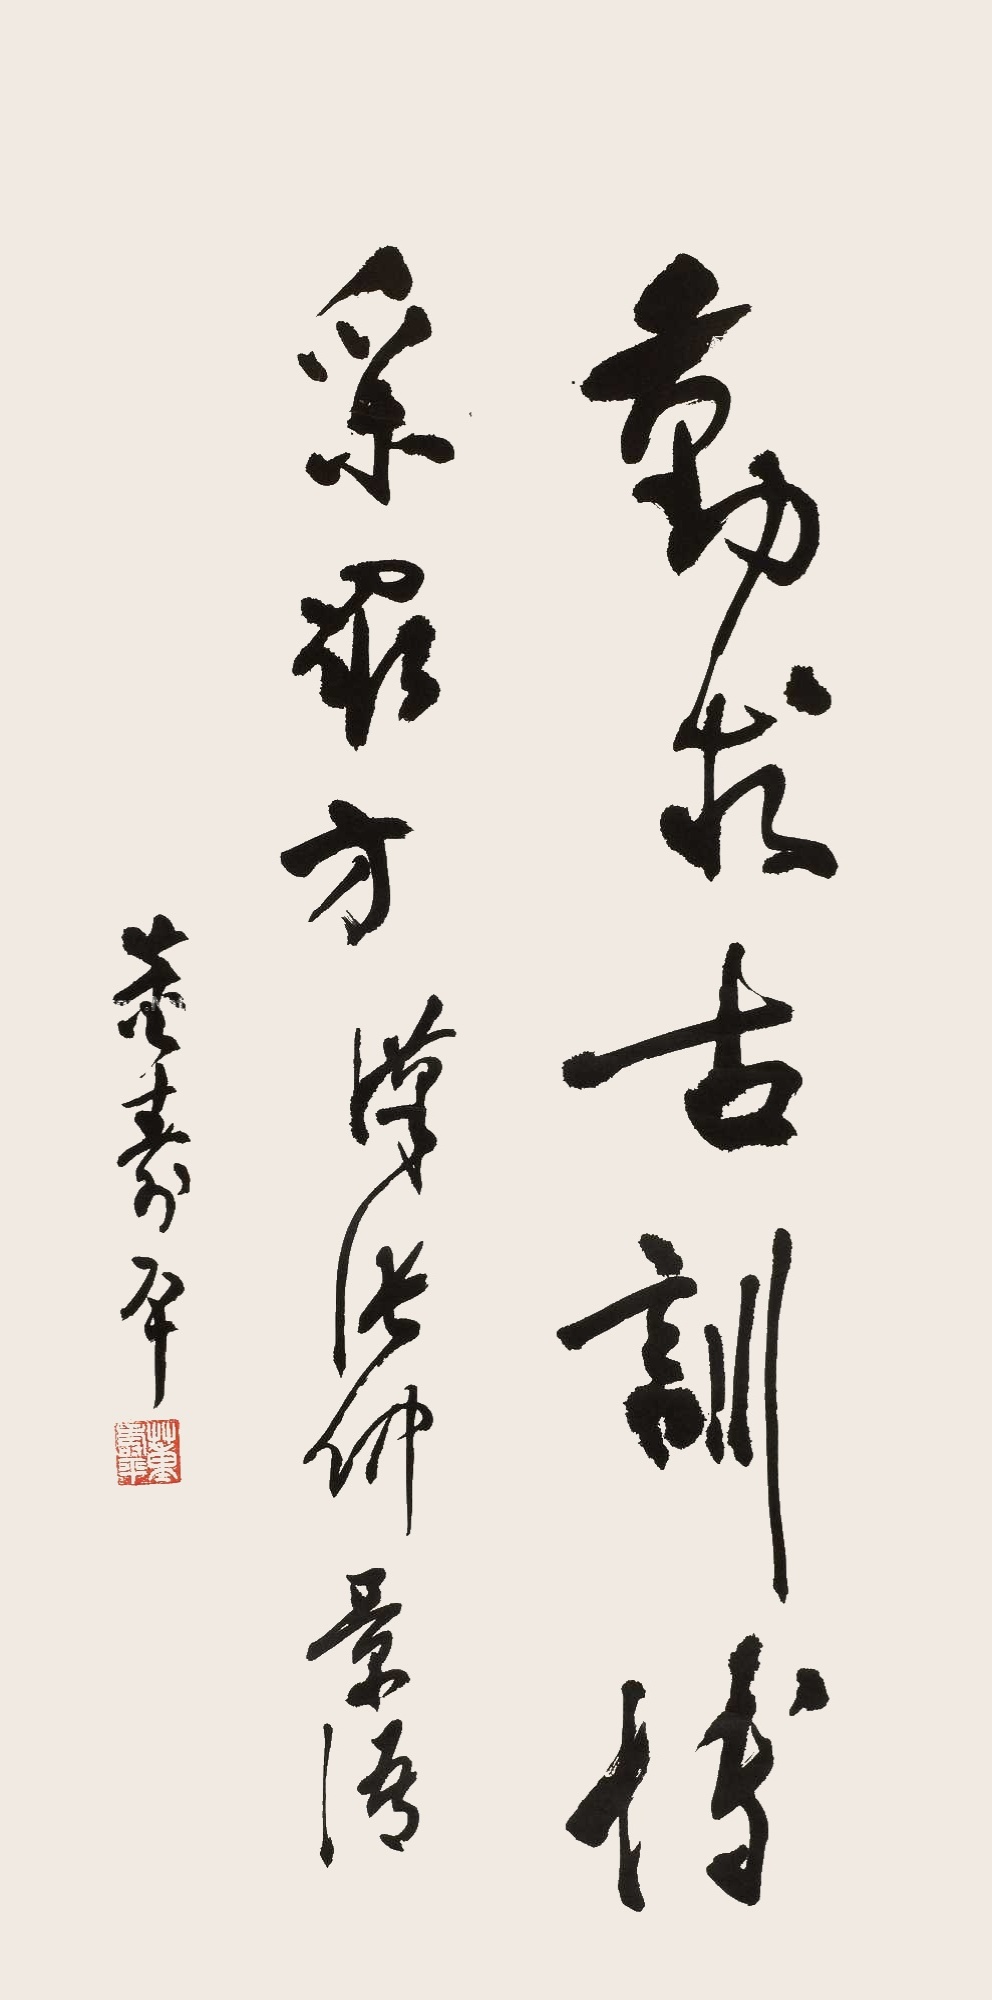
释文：勤求古训，博采众方。汉张仲景语，董寿平。